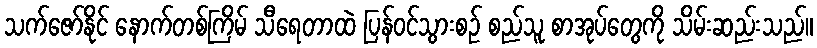
သက်ဇော်နိုင် နောက်တစ်ကြိမ် သီရေတာထဲ ပြန်ဝင်သွားစဉ် စည်သူ စာအုပ်တွေကို သိမ်းဆည်းသည်။